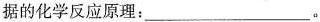
据的化学反应原理：___。